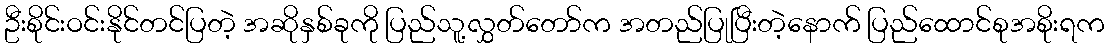
ဦးစိုင်းဝင်းနိုင်တင်ပြတဲ့ အဆိုနှစ်ခုကို ပြည်သူ့လွှတ်တော်က အတည်ပြုပြီးတဲ့နောက် ပြည်ထောင်စုအစိုးရက